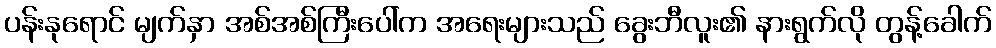
ပန်းနုရောင် မျက်နှာ အစ်အစ်ကြီးပေါ်က အရေးများသည် ခွေးဘီလူး၏ နားရွက်လို တွန့်ခေါက်